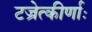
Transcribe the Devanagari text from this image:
टज्रेत्कीर्णाः